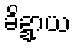
ခိဍ္ဍာယ